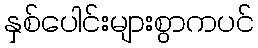
နှစ်ပေါင်းများစွာကပင်